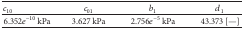
<table><thead><tr><td><b><i>c</i><sub>10</sub></b></td><td><b><i>c</i><sub>01</sub></b></td><td><b><i>b</i><sub>1</sub></b></td><td><b><i>d</i><sub>1</sub></b></td></tr></thead><tbody><tr><td> 6.352e<sup>−10</sup> kPa </td><td> 3.627 kPa </td><td> 2.756e<sup>−5</sup> kPa </td><td> 43.373 [—] </td></tr></tbody></table>